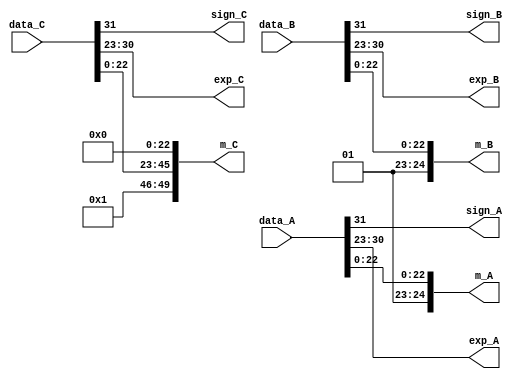
module unpack (data_A, data_B, data_C, sign_A, sign_B, sign_C, exp_A, exp_B, exp_C, m_A, m_B, m_C);
    
//parameter N = 32;
input [31:0] data_A, data_B, data_C;
output sign_A, sign_B, sign_C;
output [7:0] exp_A, exp_B, exp_C;
output [24:0] m_A, m_B;
output [49:0] m_C;


assign sign_A = data_A[31];
assign sign_B = data_B[31];
assign sign_C = data_C[31];
assign exp_A = data_A[30:23];
assign exp_B = data_B[30:23];
assign exp_C = data_C[30:23];
assign m_A = {2'b01, data_A[22:0]};  //Q2.23
assign m_B = {2'b01, data_B[22:0]};

assign m_C = {4'b0001, data_C[22:0], 23'b0};   //Q4.46


endmodule